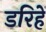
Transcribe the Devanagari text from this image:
डरिहें